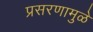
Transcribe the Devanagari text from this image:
प्रसरणामुळे